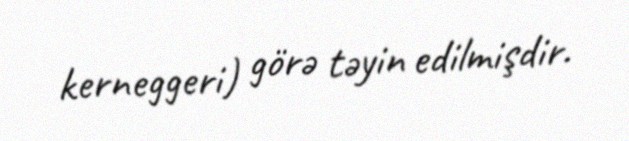
kerneggeri) görə təyin edilmişdir.